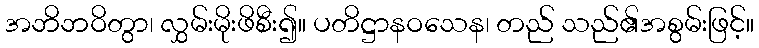
အဘိဘဝိတွာ၊ လွှမ်းမိုးဖိစီး၍။ ပတိဋ္ဌာနဝသေန၊ တည် သည်၏အစွမ်းဖြင့်။